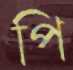
পি